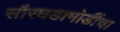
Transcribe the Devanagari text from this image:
सौरघडामोडींचा